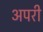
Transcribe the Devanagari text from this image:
अपरी